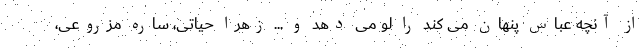
از آنچه عباس پنهان می کند را لو می دهد و ... زهرا حیاتی، ساره مزروعی،